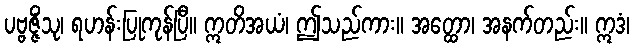
ပဗ္ဗဇ္ဇိံသု၊ ရဟန်းပြုကုန်ပြီ။ ဣတိအယံ၊ ဤသည်ကား။ အတ္ထော၊ အနက်တည်း။ ဣဒံ၊